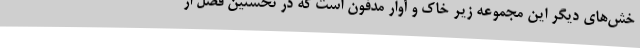
خش‌های دیگر این مجموعه زیر خاک و آوار مدفون است که در نخستین فصل از